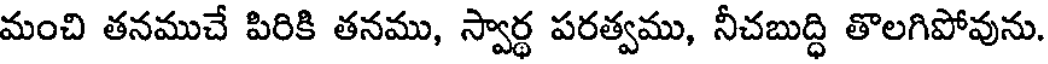
మంచి తనముచే పిరికి తనము, స్వార్థ పరత్వము, నీచబుద్ధి తొలగిపోవును.